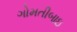
ગોમતીબાઇ